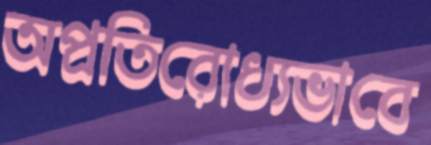
অপ্রতিরোধ্যভাবে